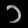
Digit: ၁